Vabadussoja_Ajaloo_Komitee, lk 5
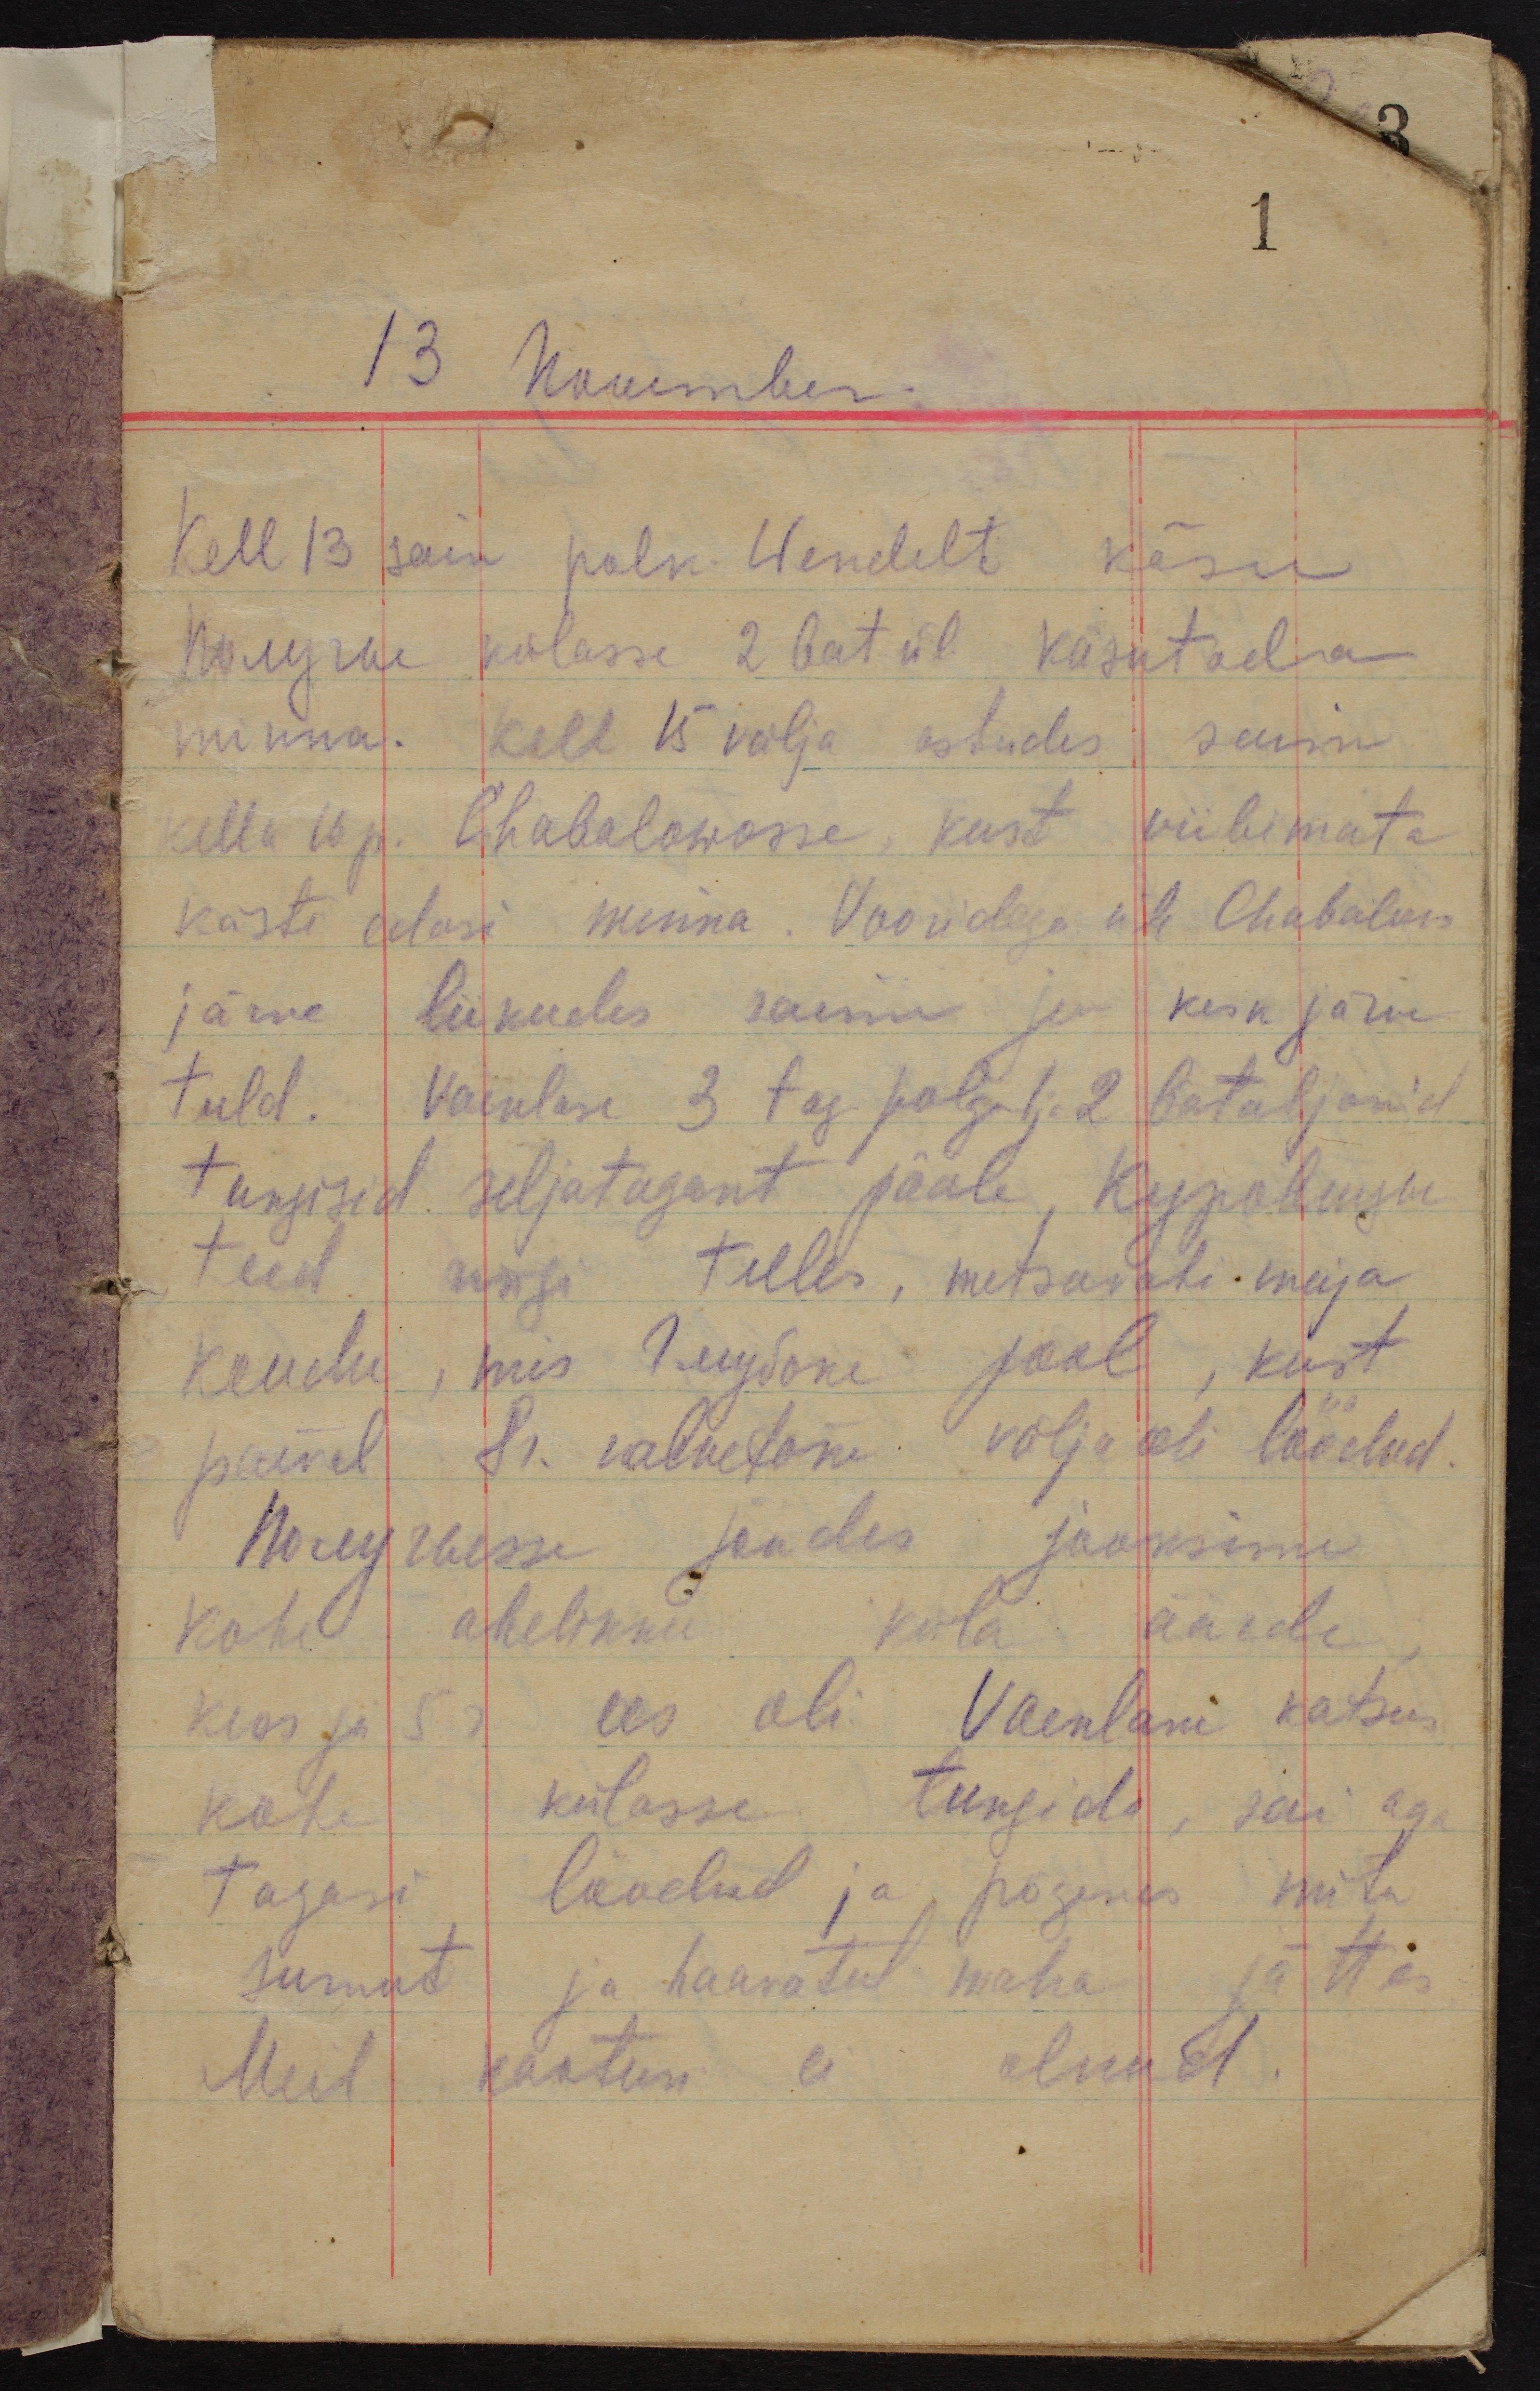
1

13 November.
Kell 13 sain polk. Wendelt käsu
Получие külasse 2 bat.ül käsutada
minna. Kell 15 välja astudes saime
kella 16 p. Chabalowosse, kust viibimata
kästi edasi minna. Vooridega üle Chabalovo
järve liikudes saime ju kesk järve
tuld. Vaenlase 3 tag. polgu 1 ja 2 bataljonid
tungisid seljatagant pääle, Куровицы
teed ringi telles, metsavahi maja
kaudu, mis Глубоке pool, kust
päeval 8r. valvetõke välja oli löödud.
Получыsse jõudes jooksime
kohe ahelikku küla äärde,
kus ju 5 r. ees oli. Vaenlane katsus
kohe külasse tungida, sai aga
tagasi löödud ja põgenes mitu
surnut ja haavatut maha jättes
Meil kaotusi ei olnud.